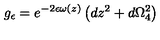
g _ { \epsilon } = e ^ { - 2 \epsilon \omega ( z ) } \left( d z ^ { 2 } + d \Omega _ { 4 } ^ { 2 } \right)